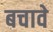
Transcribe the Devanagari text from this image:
बचावे